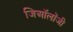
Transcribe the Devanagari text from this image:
जिऑलॉजी